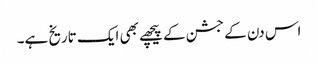
اس دن کے جشن کے پیچھے بھی ایک تاریخ ہے۔